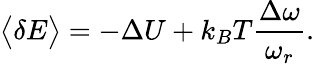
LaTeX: \big<\delta E\big>=-\Delta U+k_{B}T\frac{\Delta\omega}{\omega_{r}}.